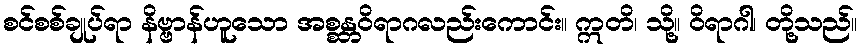
စင်စစ်ချုပ်ရာ နိဗ္ဗာန်ဟူသော အစ္စန္တဝိရာဂလည်းကောင်း။ ဣတိ၊ သို့။ ဝိရာဂါ၊ တို့သည်။